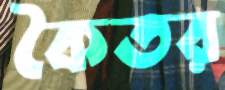
কৈতর